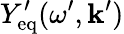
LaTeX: Y_{\mathrm{eq}}^{\prime}(\omega^{\prime},\mathbf{k}^{\prime})